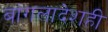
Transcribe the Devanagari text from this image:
बांगलादेशही